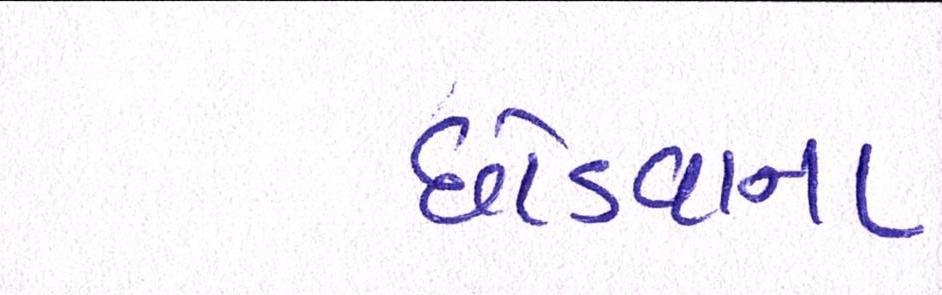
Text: છોડવાના